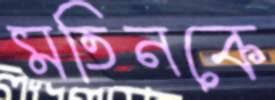
মতিনকে